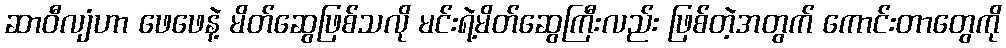
ဆာဝီလျံဟာ ဖေဖေနဲ့ မိတ်ဆွေဖြစ်သလို မင်းရဲ့မိတ်ဆွေကြီးလည်း ဖြစ်တဲ့အတွက် ကောင်းတာတွေကို